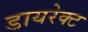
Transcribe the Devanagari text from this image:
डायरेक्‍ट